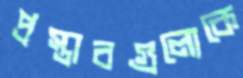
প্রস্তাবগুলোকে